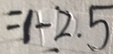
= 1 - 2 . 5